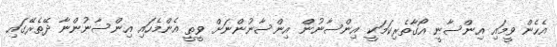
އެހެން ވީމައި އިންސާނީ އޯގާތެރިކަމަކީ އިންސާނުން އިންސާނުންނަށް ވީތީ އެންމެހައި އިންސާނުންނާ ދޭތެރޭގައި